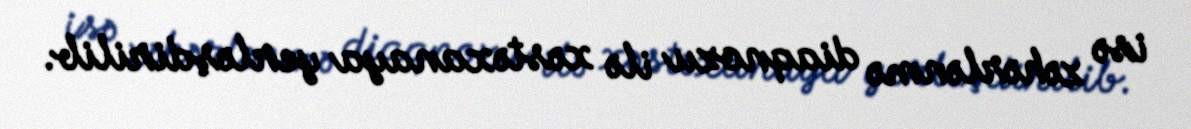
isə zəhərlənmə diaqnozu ilə xəstəxanaya yerləşdirilib.